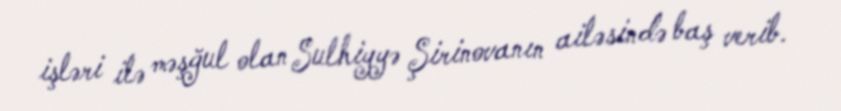
işləri ilə məşğul olan Sulhiyyə Şirinovanın ailəsində baş verib.